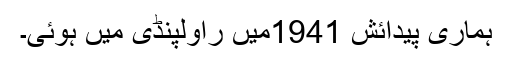
ہماری پیدائش 1941میں راولپنڈی میں ہوئی۔